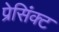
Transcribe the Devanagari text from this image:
प्रेसिंक्ट